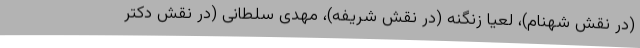
(در نقش شهنام)، لعیا زنگنه (در نقش شریفه)، مهدی سلطانی (در نقش دکتر